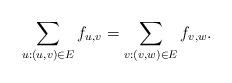
LaTeX: \begin{align*}\sum_{u:(u,v)\in E} f_{u,v} = \sum_{v:(v,w) \in E} f_{v,w}.\end{align*}